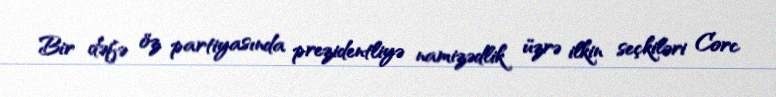
Bir dəfə öz partiyasında prezidentliyə namizədlik üzrə ilkin seçkiləri Corc